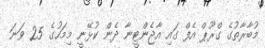
މުބާރާތުގެ ގްރޫޕް އެފް ގައި އާޖެންޓީނާ ދެން ކުޅޭނީ މިމަހުގެ 25 ވަނަ